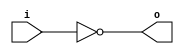
module cmos_buffer (
    input wire i, // input signal
    output reg o // output signal
);

always @* begin
    o = ~i; // CMOS inverter implementation
end

endmodule